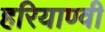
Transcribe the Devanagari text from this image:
हरियाण्वी